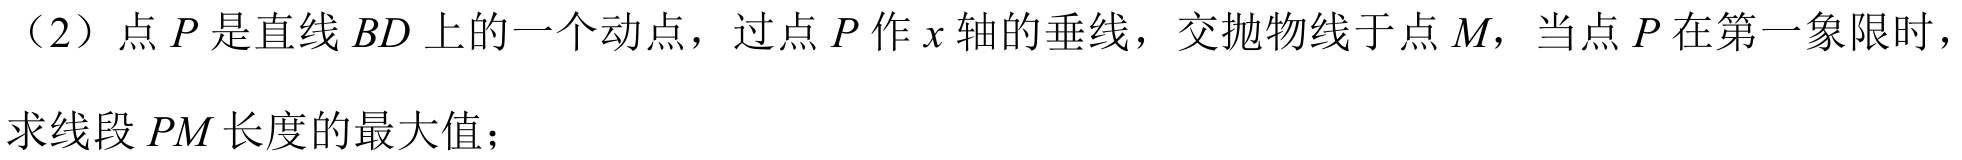
（2）点\(P\)是直线\(BD\)上的一个动点，过点\(P\)作\(x\)轴的垂线，交抛物线于点\(M\)，当点\(P\)在第一象限时，
求线段\(PM\)长度的最大值；